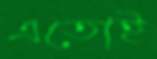
এতোই